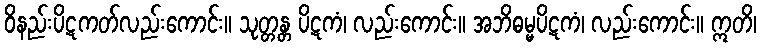
ဝိနည်းပိဋကတ်လည်းကောင်း။ သုတ္တန္တ ပိဋကံ၊ လည်းကောင်း။ အဘိဓမ္မပိဋကံ၊ လည်းကောင်း။ ဣတိ၊